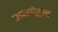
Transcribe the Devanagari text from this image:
उष्णतेहून